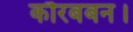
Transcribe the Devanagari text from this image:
कौरबबन।